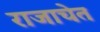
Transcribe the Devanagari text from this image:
राजाचेत